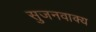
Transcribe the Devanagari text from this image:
सुजनवाक्य